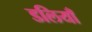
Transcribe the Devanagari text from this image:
डलियाँ